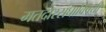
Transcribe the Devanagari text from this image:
मतदारसंघाविषयी